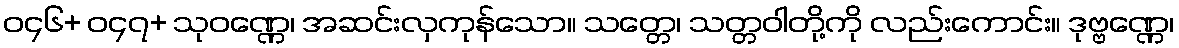
ဝ၄၆+ ဝ၄၇+ သုဝဏ္ဏေ၊ အဆင်းလှကုန်သော။ သတ္တေ၊ သတ္တဝါတို့ကို လည်းကောင်း။ ဒုဗ္ဗဏ္ဏေ၊